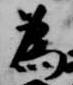
為